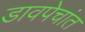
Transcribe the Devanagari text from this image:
डावपेचांत